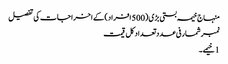
منہاج خیمہ بستی بڑی (500 افراد) کے اخراجات کی تفصیل
نمبرشمار فی عدد تعداد کل قیمت
1 خیمے ۔